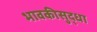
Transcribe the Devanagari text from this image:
भावकीसुद्धा